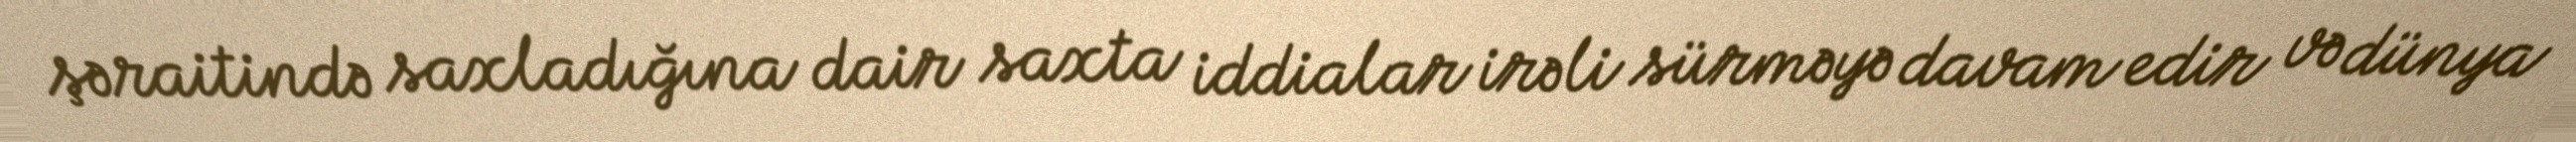
şəraitində saxladığına dair saxta iddialar irəli sürməyə davam edir və dünya